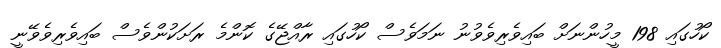
ކޯހުގައި 198 މީހުންނަށް ބައިވެރިވެވުނު ނަމަވެސް ކޯހުގައި ރާއްޖޭގެ ކޮންމެ ރަށަކުންވެސް ބައިވެރިވެވޭނީ